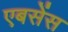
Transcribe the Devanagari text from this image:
एबसेंस